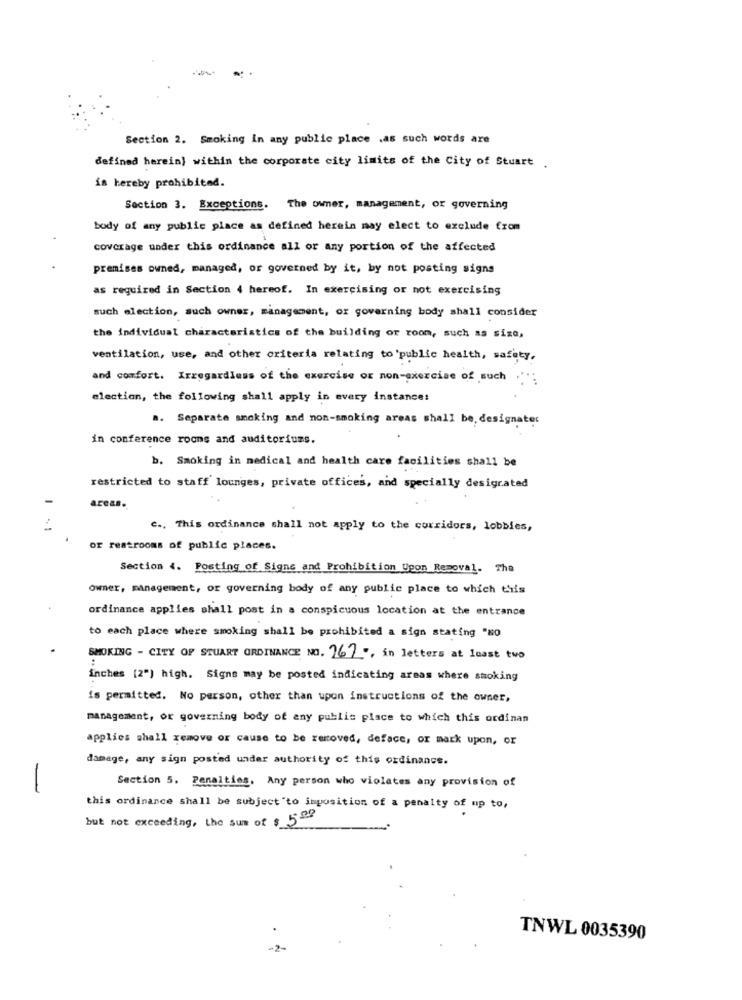
Section 2. Smoking in any public place .as such words are
defined herein) within the corporate city limits of the City of Stuart.
is hereby prohibited.
Section 3. Exceptions. The owner, management, or governing
body of any public place as defined herein may elect to exclude from
coverage under this ordinance all or any portion of the affected
premises owned, managed, or governed by it, by not posting signs
as required in Section 4 hereof. In exercising or not exercising
such election, such owner, management, or governing body shall consider
the individual characteristics of the building or room, such as size,
ventilation, use, and other criteria relating to 'public health, safety,
and comfort. Irregardless of the exercise or non-exercise of such ...
election, the following shall apply in every instance:
a. Separate smoking and non-smoking areas shall be, designater
in conference rooms and auditoriums.
b. Smoking in medical and health care facilities shall be
restricted to staff lounges, private offices, and specially desigrated
areas.
c ., This ordinance shall not apply to the corridors, lobbies,
or restrooms of public places.
Section 4. Posting of Signs and Prohibition Upon Removal. The
Owner, management, or governing body of any public place to which this
ordinance applies shall post in a conspicuous location at the entrance
to each place where smoking shall be prohibited a sign stating "NO
SMOKING - CITY OF STUART ORDINANCE NO. 167 -, in letters at least two
inches [2") high. Signs may be posted indicating areas where smoking
is permitted. No person, other than upon instructions of the owner,
management, or governing body of any public place to which this ordinan
applies shall remove or cause to be removed, deface, or mark upon, or
damage, any sign posted under authority of this ordinance.
-
Section 5. Penalties. Any person who violates any provision of
this ordinance shall be subject to imposition of a penalty of up to,
but not exceeding, the sum of $ 500
TNWL 0035390